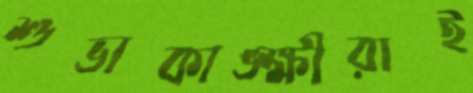
শুভাকাঙ্ক্ষীরাই